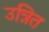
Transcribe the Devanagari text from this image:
उन्नित